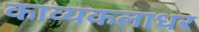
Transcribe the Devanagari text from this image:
काव्यकलाधर